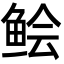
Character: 鲙